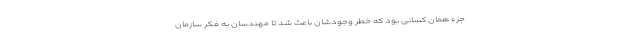
جزء همان کسانی بود که خطر وجودشان باعث شد تا مهندسان به فکر سازمان